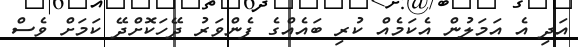
އަދި އެ އަމަލުން އެކަމެއް ކުރި ބައެއްގެ ފެންވަރު ދޭހަކޮށްދޭ ކަމަށް ވެސް